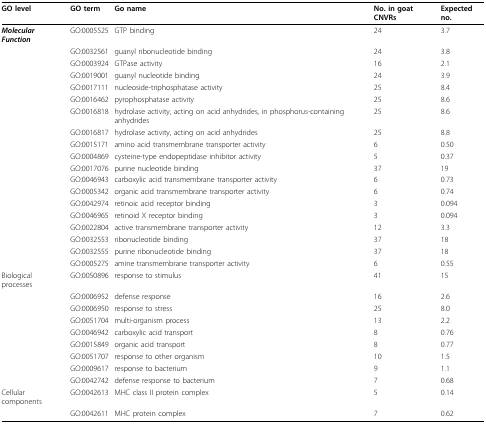
<table><thead><tr><td><b>GO level</b></td><td><b>GO term</b></td><td><b>Go name</b></td><td><b>No. in goat CNVRs</b></td><td><b>Expected no.</b></td></tr></thead><tbody><tr><td><b><i>Molecular Function</i></b></td><td>GO:0005525</td><td>GTP binding</td><td>24</td><td>3.7</td></tr><tr><td></td><td>GO:0032561</td><td>guanyl ribonucleotide binding</td><td>24</td><td>3.8</td></tr><tr><td></td><td>GO:0003924</td><td>GTPase activity</td><td>16</td><td>2.1</td></tr><tr><td></td><td>GO:0019001</td><td>guanyl nucleotide binding</td><td>24</td><td>3.9</td></tr><tr><td></td><td>GO:0017111</td><td>nucleoside-triphosphatase activity</td><td>25</td><td>8.4</td></tr><tr><td></td><td>GO:0016462</td><td>pyrophosphatase activity</td><td>25</td><td>8.6</td></tr><tr><td></td><td>GO:0016818</td><td>hydrolase activity, acting on acid anhydrides, in phosphorus-containing anhydrides</td><td>25</td><td>8.6</td></tr><tr><td></td><td>GO:0016817</td><td>hydrolase activity, acting on acid anhydrides</td><td>25</td><td>8.8</td></tr><tr><td></td><td>GO:0015171</td><td>amino acid transmembrane transporter activity</td><td>6</td><td>0.50</td></tr><tr><td></td><td>GO:0004869</td><td>cysteine-type endopeptidase inhibitor activity</td><td>5</td><td>0.37</td></tr><tr><td></td><td>GO:0017076</td><td>purine nucleotide binding</td><td>37</td><td>19</td></tr><tr><td></td><td>GO:0046943</td><td>carboxylic acid transmembrane transporter activity</td><td>6</td><td>0.73</td></tr><tr><td></td><td>GO:0005342</td><td>organic acid transmembrane transporter activity</td><td>6</td><td>0.74</td></tr><tr><td></td><td>GO:0042974</td><td>retinoic acid receptor binding</td><td>3</td><td>0.094</td></tr><tr><td></td><td>GO:0046965</td><td>retinoid X receptor binding</td><td>3</td><td>0.094</td></tr><tr><td></td><td>GO:0022804</td><td>active transmembrane transporter activity</td><td>12</td><td>3.3</td></tr><tr><td></td><td>GO:0032553</td><td>ribonucleotide binding</td><td>37</td><td>18</td></tr><tr><td></td><td>GO:0032555</td><td>purine ribonucleotide binding</td><td>37</td><td>18</td></tr><tr><td></td><td>GO:0005275</td><td>amine transmembrane transporter activity</td><td>6</td><td>0.55</td></tr><tr><td>Biological processes</td><td>GO:0050896</td><td>response to stimulus</td><td>41</td><td>15</td></tr><tr><td></td><td>GO:0006952</td><td>defense response</td><td>16</td><td>2.6</td></tr><tr><td></td><td>GO:0006950</td><td>response to stress</td><td>25</td><td>8.0</td></tr><tr><td></td><td>GO:0051704</td><td>multi-organism process</td><td>13</td><td>2.2</td></tr><tr><td></td><td>GO:0046942</td><td>carboxylic acid transport</td><td>8</td><td>0.76</td></tr><tr><td></td><td>GO:0015849</td><td>organic acid transport</td><td>8</td><td>0.77</td></tr><tr><td></td><td>GO:0051707</td><td>response to other organism</td><td>10</td><td>1.5</td></tr><tr><td></td><td>GO:0009617</td><td>response to bacterium</td><td>9</td><td>1.1</td></tr><tr><td></td><td>GO:0042742</td><td>defense response to bacterium</td><td>7</td><td>0.68</td></tr><tr><td>Cellular components</td><td>GO:0042613</td><td>MHC class II protein complex</td><td>5</td><td>0.14</td></tr><tr><td></td><td>GO:0042611</td><td>MHC protein complex</td><td>7</td><td>0.62</td></tr></tbody></table>